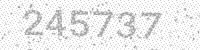
Solution: 245737